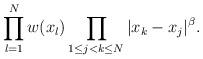
LaTeX: \begin{align*}\prod_{l=1}^N w(x_l) \prod_{1 \le j < k \le N} | x_k - x_j |^\beta.\end{align*}